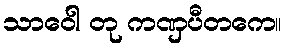
သာဝေါ တု ကဏှပီတကေ။